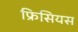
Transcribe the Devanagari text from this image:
फ्रिसियस